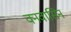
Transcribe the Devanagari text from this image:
वनवासिन